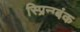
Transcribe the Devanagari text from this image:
स्प्रिन्ग्बंक